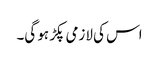
اس کی لازمی پکڑ ہو گی۔